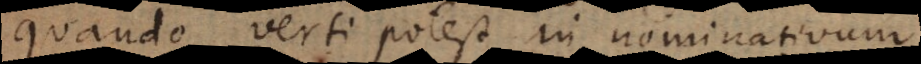
quando verti potest in nominativum